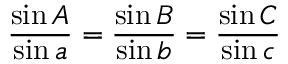
{ \frac { \sin A } { \sin a } } = { \frac { \sin B } { \sin b } } = { \frac { \sin C } { \sin c } }